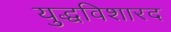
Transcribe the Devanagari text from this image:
युद्धविशारद